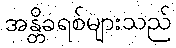
အန္တိခရစ်များသည်